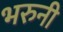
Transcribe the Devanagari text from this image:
भरुनी